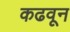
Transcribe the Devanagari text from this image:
कढवून